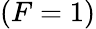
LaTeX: (F=1)